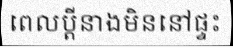
ពេលប្តីនាងមិននៅផ្ទះ